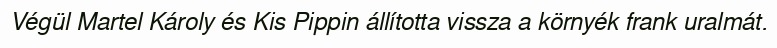
Végül Martel Károly és Kis Pippin állította vissza a környék frank uralmát.